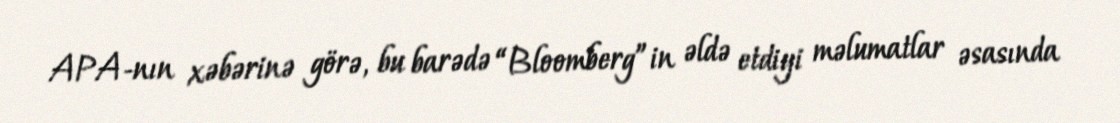
APA-nın xəbərinə görə, bu barədə “Bloomberg”in əldə etdiyi məlumatlar əsasında